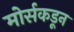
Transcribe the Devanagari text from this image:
मोर्सकडून